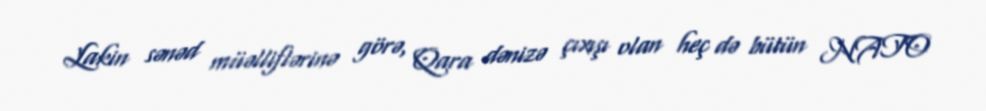
Lakin sənəd müəlliflərinə görə, Qara dənizə çıxışı olan heç də bütün NATO